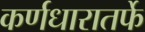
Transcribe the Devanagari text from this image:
कर्णधारातर्फे